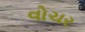
વોચર